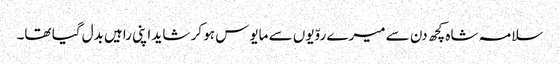
سلامہ شاہ کچھ دن سے میرے روّیوں سے مایوس ہو کر شاید اپنی راہیں بدل گیا تھا۔